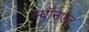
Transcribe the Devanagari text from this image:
स्वॉनएज